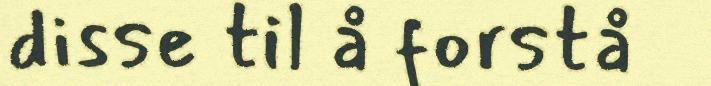
disse til å forstå